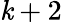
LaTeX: \mathit{k}+2